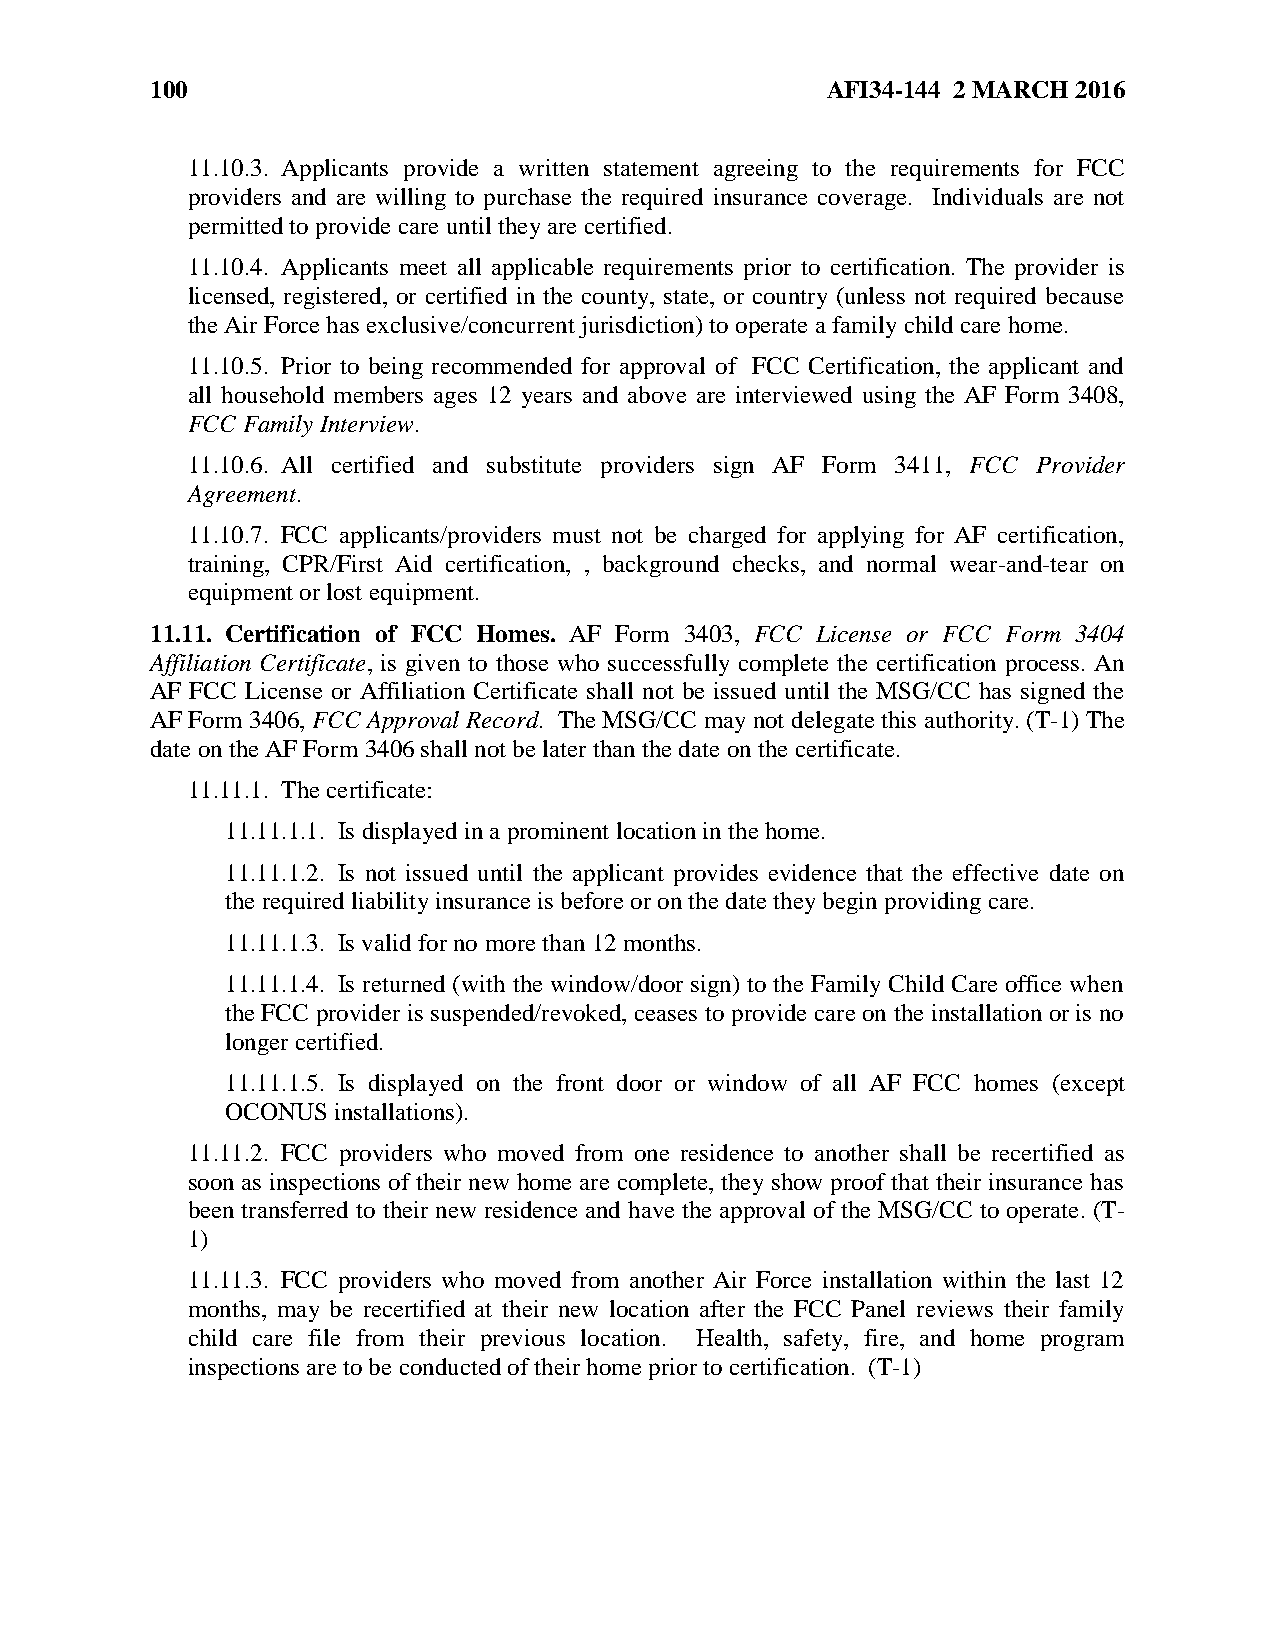
100                                          AFI34-144 2 MARCH 2016
 11.10.3. Applicants provide a written statement agreeing to the requirements for FCC
 providers and are willing to purchase the required insurance coverage. Individuals are not
 permitted to provide care until they are certified.
 11.10.4. Applicants meet all applicable requirements prior to certification. The provider is
 licensed, registered, or certified in the county, state, or country (unless not required because
 the Air Force has exclusive/concurrent jurisdiction) to operate a family child care home.
 11.10.5. Prior to being recommended for approval of FCC Certification, the applicant and
 all household members ages 12 years and above are interviewed using the AF Form 3408,
 FCC Family Interview.
 11.10.6. All certified and substitute providers sign AF Form 3411, FCC Provider
 Agreement.
 11.10.7. FCC applicants/providers must not be charged for applying for AF certification,
 training, CPR/First Aid certification, , background checks, and normal wear-and-tear on
 equipment or lost equipment.
 11.11. Certification of FCC Homes. AF Form 3403, FCC License or FCC Form 3404
 Affiliation Certificate, is given to those who successfully complete the certification process. An
 AF FCC License or Affiliation Certificate shall not be issued until the MSG/CC has signed the
 AF Form 3406, FCC Approval Record. The MSG/CC may not delegate this authority. (T-1) The
 date on the AF Form 3406 shall not be later than the date on the certificate.
 11.11.1. The certificate:
 11.11.1.1. Is displayed in a prominent location in the home.
 11.11.1.2. Is not issued until the applicant provides evidence that the effective date on
 the required liability insurance is before or on the date they begin providing care.
 11.11.1.3. Is valid for no more than 12 months.
 11.11.1.4. Is returned (with the window/door sign) to the Family Child Care office when
 the FCC provider is suspended/revoked, ceases to provide care on the installation or is no
 longer certified.
 11.11.1.5. Is displayed on the front door or window of all AF FCC homes (except
 OCONUS installations).
 11.11.2. FCC providers who moved from one residence to another shall be recertified as
 soon as inspections of their new home are complete, they show proof that their insurance has
 been transferred to their new residence and have the approval of the MSG/CC to operate. (T-
 1)
 11.11.3. FCC providers who moved from another Air Force installation within the last 12
 months, may be recertified at their new location after the FCC Panel reviews their family
 child care file from their previous location. Health, safety, fire, and home program
 inspections are to be conducted of their home prior to certification. (T-1)